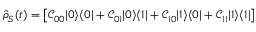
\hat { \rho } _ { S } ( t ) = \left[ \mathcal { C } _ { 0 0 } | 0 \rangle \langle 0 | + \mathcal { C } _ { 0 1 } | 0 \rangle \langle 1 | + \mathcal { C } _ { 1 0 } | 1 \rangle \langle 0 | + \mathcal { C } _ { 1 1 } | 1 \rangle \langle 1 | \right]